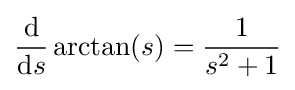
{\frac {\mathrm {d} }{\mathrm {d} s}}\arctan(s)={\frac {1}{s^{2}+1}}